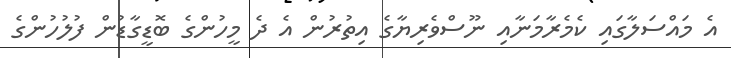
އެ މައްސަލާގައި ކެމެރާމަނާއި ނޫސްވެރިޔާގެ އިތުރުން އެ ދެ މީހުންގެ ބޮޑީގާޑުން ފުލުހުންގެ